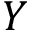
Y